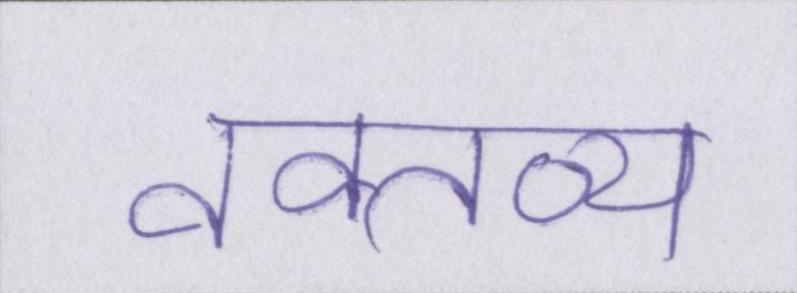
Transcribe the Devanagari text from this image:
वक्तव्य